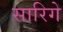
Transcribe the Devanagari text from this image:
सारिगे